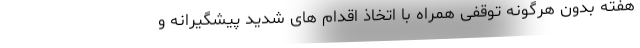
هفته بدون هرگونه توقفی همراه با اتخاذ اقدام های شدید پیشگیرانه و